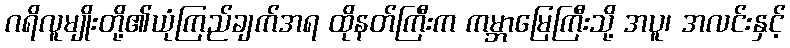
ဂရိလူမျိုးတို့၏ယုံကြည်ချက်အရ ထိုနတ်ကြီးက ကမ္ဘာမြေကြီးသို့ အပူ၊ အလင်းနှင့်